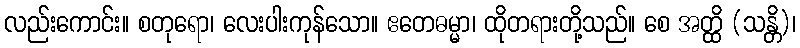
လည်းကောင်း။ စတုရော၊ လေးပါးကုန်သော။ ဧတေဓမ္မာ၊ ထိုတရားတို့သည်။ စေ အတ္ထိ (သန္တိ)၊